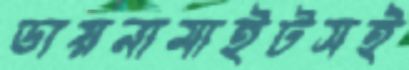
ডায়নামাইটসই